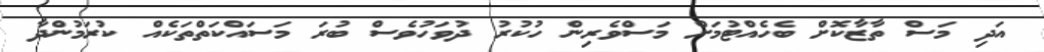
އަދި މަސް ތާޒާކޮށް ބެހެއްޓުމަށް މަސްވެރިން ހުކުރު ދުވަހުވެސް ބުރަ މަސައްކަތްތަކެއް ކުރަމުންދާ